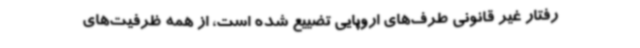
رفتار غیر قانونی طرف‌های اروپایی تضییع شده است، از همه‌ ظرفیت‌های